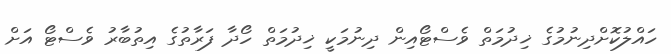
ހައްލުކޮށްދިނުމުގެ ޚިދުމަތް ވެސްޓޯއިން ދިނުމަކީ ޚިދުމަތް ހޯދާ ފަރާތުގެ އިތުބާރު ވެސްޓޯ އަށް